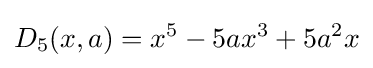
D_{5}(x,a)=x^{5}-5ax^{3}+5a^{2}x